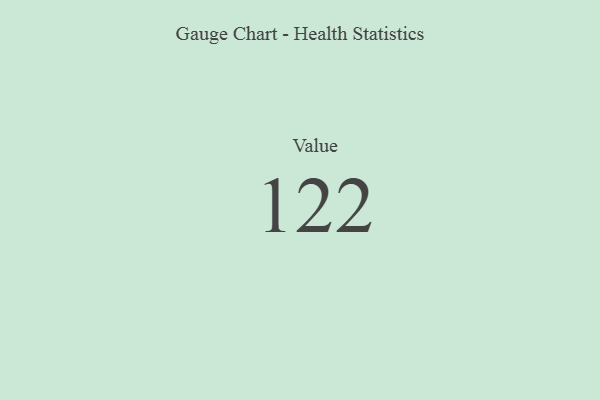
{"axis": {"x": "Metric", "y": "Value"}, "legend": [""], "data": [{"x": "Value", "y": 122, "type": ""}]}